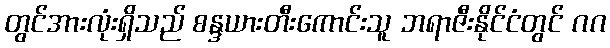
တွင်အားလုံးရှိသည် စန္ဒယားတီးကောင်းသူ ဘရာဇီးနိုင်ငံတွင် ဂဂ